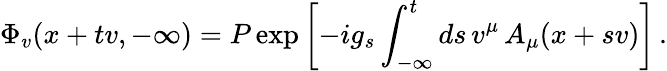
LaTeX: \Phi_{v}(x+tv,-\infty)=P\exp\left[-ig_{s}\int_{-\infty}^{t}ds\, v^{\mu}\, A_{\mu}(x+sv)\right]\, .